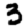
Digit: 3